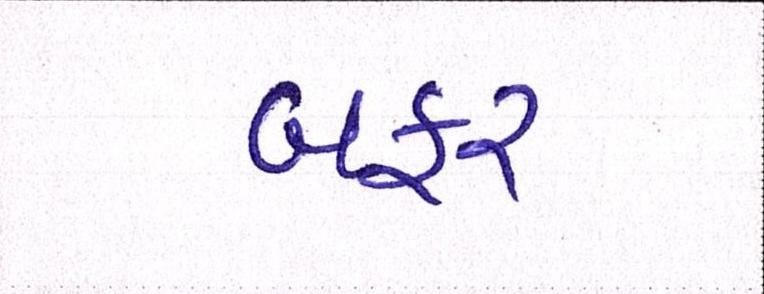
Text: બફર